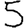
Digit: 5